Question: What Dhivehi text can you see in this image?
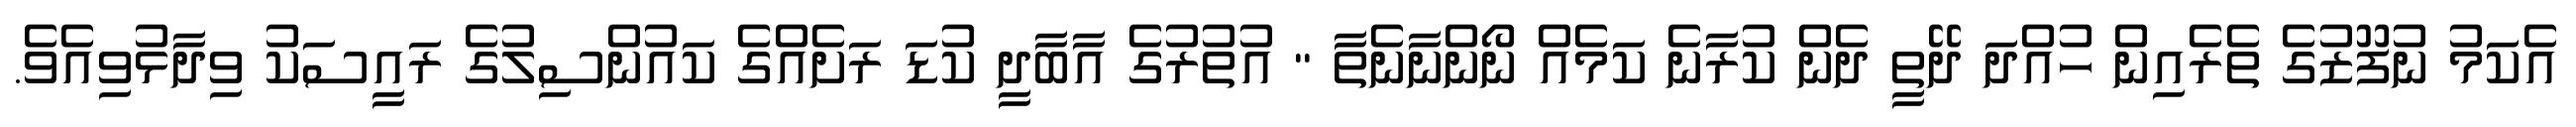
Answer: އެކަމު ނުފޫޒުގެ ތެރެއިން ހުއްދަ ދޭތީ ދެން ކުރާނެ ކަމެއް ނޯންނާނެތާ " އުތުރުގެ އާބާދީ ކުޑަ ރަށެއްގެ ކައުންސިލުގެ ރައީސަކު ވިދާޅުވިއެވެ.